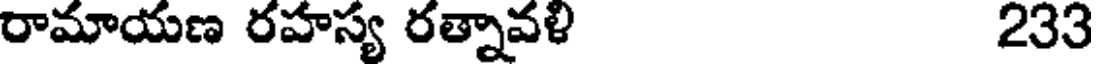
రామాయణ రహస్య రత్నావళి 233